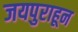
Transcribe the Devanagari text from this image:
जयपुराहून